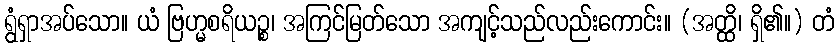
ရွံရှာအပ်သော။ ယံ ဗြဟ္မစရိယဉ္စ၊ အကြင်မြတ်သော အကျင့်သည်လည်းကောင်း။ (အတ္ထိ၊ ရှိ၏။) တံ